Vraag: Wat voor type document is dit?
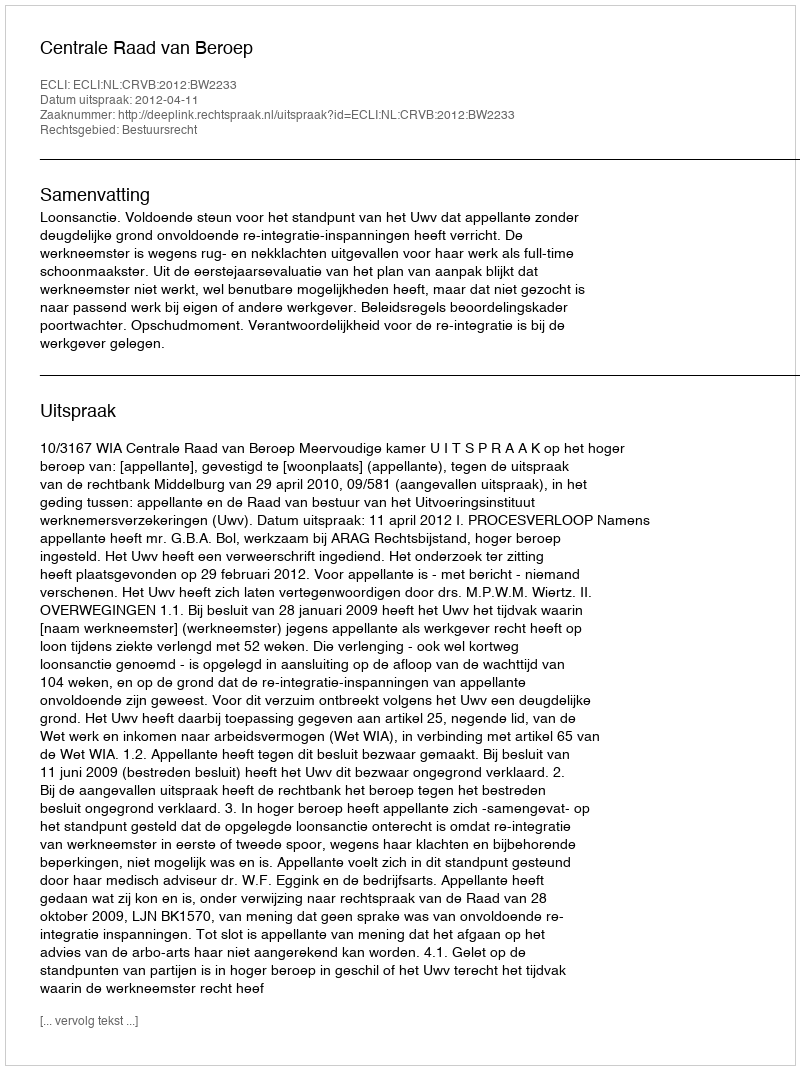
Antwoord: Uitspraak